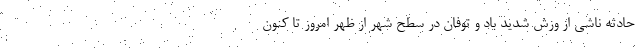
حادثه ناشی از وزش شدید باد و توفان در سطح شهر از ظهر امروز تا کنون